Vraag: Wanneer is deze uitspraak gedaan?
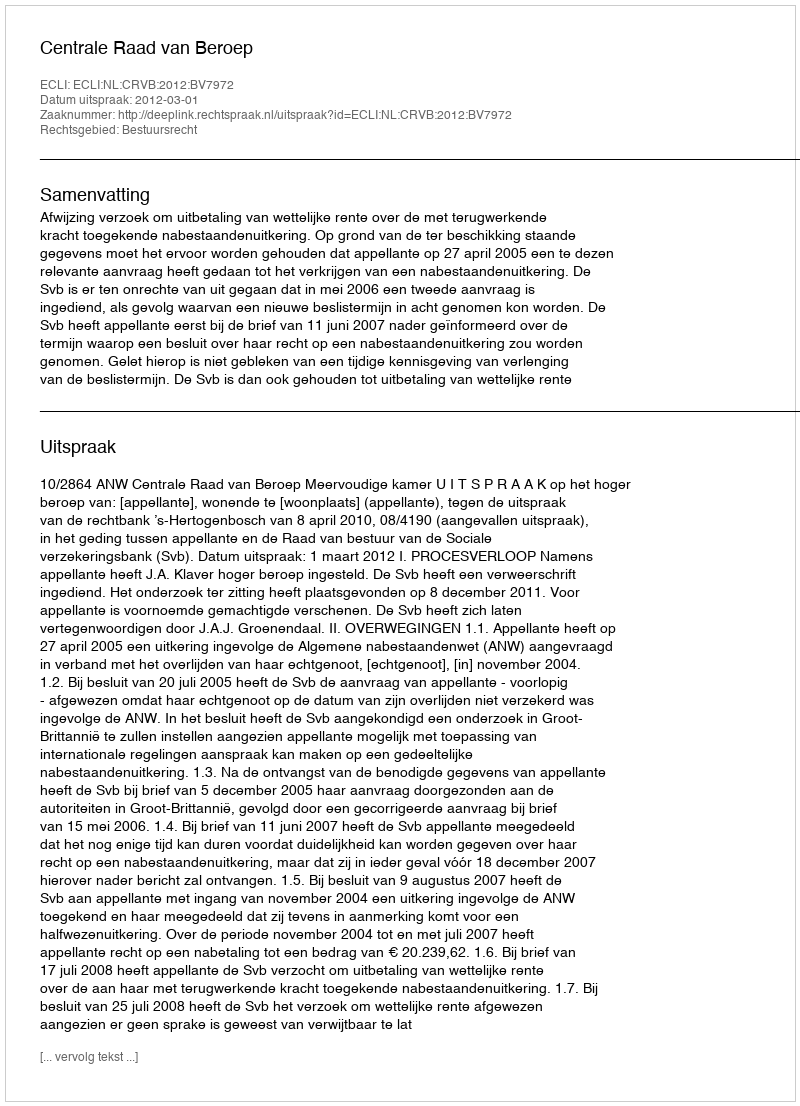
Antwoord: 2012-03-01